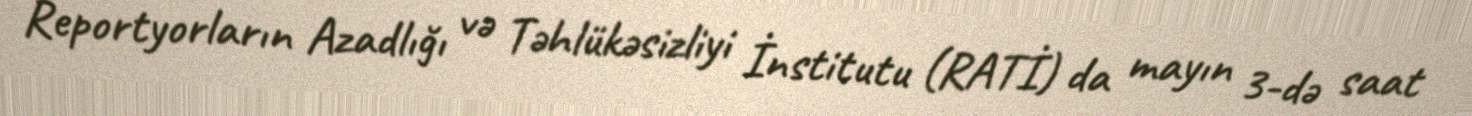
Reportyorların Azadlığı və Təhlükəsizliyi İnstitutu (RATİ) da mayın 3-də saat